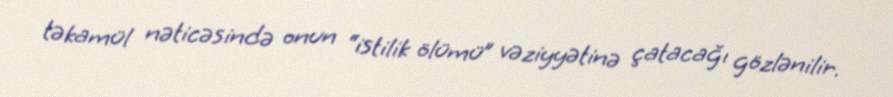
təkamül nəticəsində onun “istilik ölümü” vəziyyətinə çatacağı gözlənilir.